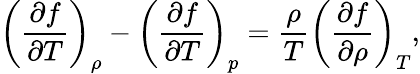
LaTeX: \left(\frac{\partial f}{\partial T}\right)_{\rho}-\left(\frac{\partial f}{\partial T}\right)_{p}=\frac{\rho}{T}\left(\frac{\partial f}{\partial\rho}\right)_{T},